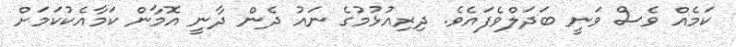
ކަމެއް ވެސް ވަނީ ބަދަލްވެފައެވެ. ދިރިއުޅުމުގެ ނައު ދެން ދާނީ އޮމާން ކަމާއެކުކަމަށް